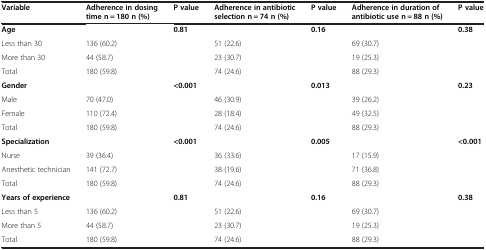
<table><thead><tr><td><b>Variable</b></td><td><b>Adherence in dosing time n = 180 n (%)</b></td><td><b>P value</b></td><td><b>Adherence in antibiotic selection n = 74 n (%)</b></td><td><b>P value</b></td><td><b>Adherence in duration of antibiotic use n = 88 n (%)</b></td><td><b>P value</b></td></tr></thead><tbody><tr><td><b>Age</b></td><td> </td><td><b>0.81</b></td><td> </td><td><b>0.16</b></td><td> </td><td><b>0.38</b></td></tr><tr><td>Less than 30</td><td>136 (60.2)</td><td> </td><td>51 (22.6)</td><td> </td><td>69 (30.7)</td><td> </td></tr><tr><td>More than 30</td><td>44 (58.7)</td><td> </td><td>23 (30.7)</td><td> </td><td>19 (25.3)</td><td> </td></tr><tr><td>Total</td><td>180 (59.8)</td><td> </td><td>74 (24.6)</td><td> </td><td>88 (29.3)</td><td> </td></tr><tr><td><b>Gender</b></td><td> </td><td><b>&lt;0.001</b></td><td> </td><td><b>0.013</b></td><td> </td><td><b>0.23</b></td></tr><tr><td>Male</td><td>70 (47.0)</td><td> </td><td>46 (30.9)</td><td> </td><td>39 (26.2)</td><td> </td></tr><tr><td>Female</td><td>110 (72.4)</td><td> </td><td>28 (18.4)</td><td> </td><td>49 (32.5)</td><td> </td></tr><tr><td>Total</td><td>180 (59.8)</td><td> </td><td>74 (24.6)</td><td> </td><td>88 (29.3)</td><td> </td></tr><tr><td><b>Specialization</b></td><td> </td><td><b>&lt;0.001</b></td><td> </td><td><b>0.005</b></td><td> </td><td><b>&lt;0.001</b></td></tr><tr><td>Nurse</td><td>39 (36.4)</td><td> </td><td>36 (33.6)</td><td> </td><td>17 (15.9)</td><td> </td></tr><tr><td>Anesthetic technician</td><td>141 (72.7)</td><td> </td><td>38 (19.6)</td><td> </td><td>71 (36.8)</td><td> </td></tr><tr><td>Total</td><td>180 (59.8)</td><td> </td><td>74 (24.6)</td><td> </td><td>88 (29.3)</td><td> </td></tr><tr><td><b>Years of experience</b></td><td> </td><td><b>0.81</b></td><td> </td><td><b>0.16</b></td><td> </td><td><b>0.38</b></td></tr><tr><td>Less than 5</td><td>136 (60.2)</td><td> </td><td>51 (22.6)</td><td> </td><td>69 (30.7)</td><td> </td></tr><tr><td>More than 5</td><td>44 (58.7)</td><td> </td><td>23 (30.7)</td><td> </td><td>19 (25.3)</td><td> </td></tr><tr><td>Total</td><td>180 (59.8)</td><td> </td><td>74 (24.6)</td><td> </td><td>88 (29.3)</td><td> </td></tr></tbody></table>